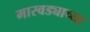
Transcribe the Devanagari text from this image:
मास्वड्याच्या